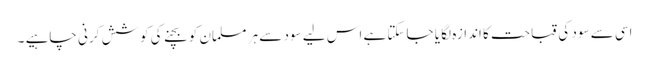
اسی سے سود کی قباحت کا اندازہ لگا یا جاسکتا ہے اس لیے سود سے ہر مسلمان کو بچنے کی کوشش کرنی چاہیے ۔